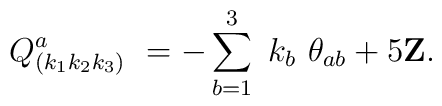
\ Q_{\left( k_{1}k_{2}k_{3}\right) }^{a}\ =-\sum_{b=1}^{3}\ k_{b}\ \theta_{ab}+5{\bf Z}.